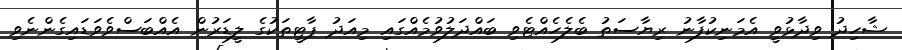
ޝާހިދު ވިދާޅުވީ އެމަނިކުފާނު ރިޔާސަތު ބެލެހެއްޓެވި ބައްދަލުވުމެއްގައި މިއަދު ޕާޓީތަކުގެ ލީޑަރުން އެއްބަސްވެވަޑައިގެންނެވި